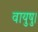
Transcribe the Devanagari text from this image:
वायुषु।